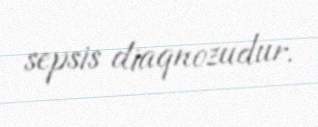
sepsis diaqnozudur.